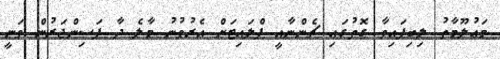
މަޢުލޫމާތު ލިބިފައިވާ ގޮތުގައި ޗެންނާއީ ފްލައިޓަށް އެރުވުނު މާލެ ދާ ފަސިންޖަރުން ވަނީ